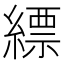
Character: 縹